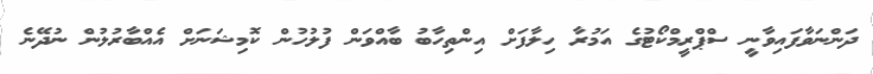
ދަންނަވާފައިވާނީ ސްޕްރީމްކޯޓުގެ އަމުރާ ހިލާފަށް އިންތިހާބު ބާއްވަން ފުލުހުން ކޮމިޝަނަށް އެއްބާރުލުން ނުދޭނެ